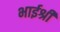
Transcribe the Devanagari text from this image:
भाईश्री